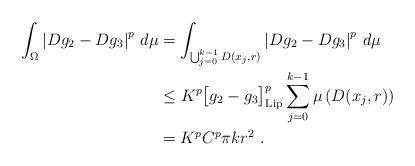
LaTeX: \begin{align*}\int_\Omega \left|Dg_2-Dg_3\right|^p\,d\mu&=\int_{\bigcup_{j=0}^{k-1} D(x_j,r)}\left|Dg_2-Dg_3\right|^p\,d\mu\\&\leq K^p\bigl[g_2-g_3\bigr]^p_{\mathrm{Lip}}\sum_{j=0}^{k-1} \mu\left(D(x_j,r)\right)\\&=K^pC^p\pi k r^2 \ .\end{align*}